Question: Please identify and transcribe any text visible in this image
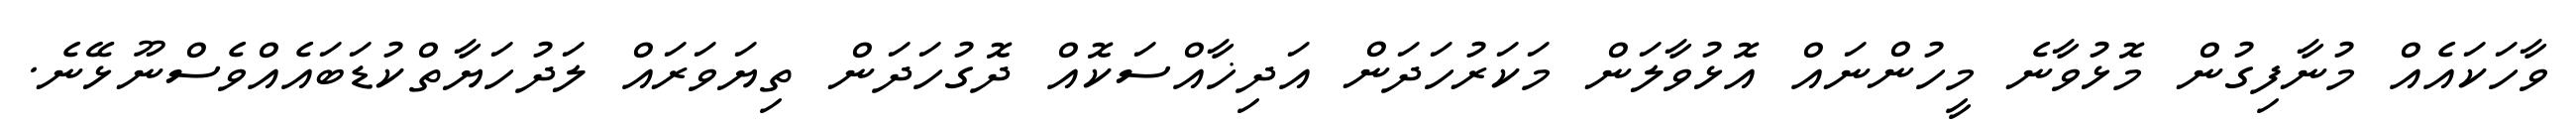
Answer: ވާހަކައެއް މުނާފިގުން މޮޅުވާނެ މީހުންނައް އޮޅުވާލަން މަކަރުހަދަން އަދިޚާއްސަކޮއް ދޮގުހަދަން ތިޔަވަރައް ލަދުހަޔާތްކުޑަބައެއްވެސްނޫޅޭނެ.